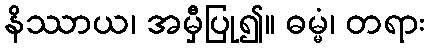
နိဿာယ၊ အမှီပြု၍။ ဓမ္မံ၊ တရား